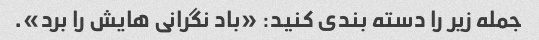
جمله زیر را دسته بندی کنید: «باد نگرانی هایش را برد».